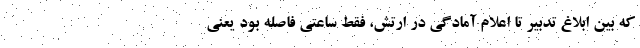
که بین ابلاغ تدبیر تا اعلام آمادگی در ارتش، فقط ساعتی فاصله بود یعنی